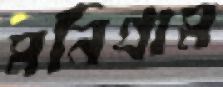
মনিগ্রাম